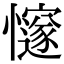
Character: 𢤪